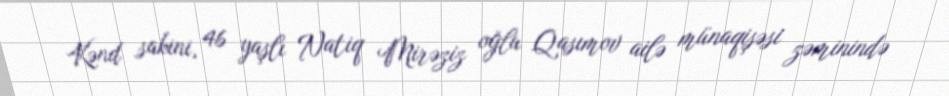
Kənd sakini, 46 yaşlı Natiq Mirəziz oğlu Qasımov ailə münaqişəsi zəminində